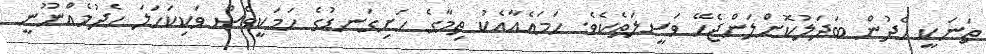
ތަނަކީ ހެދުން ބަދަލުކޮށްލަންޖެހޭ ވަސީލަތެކެވެ. ހަމައެއާއެކު ތިމާގެ ހަށިގަނޑުގެ ހަމަކީވެސް ވަކިކަހަލަ ހެދުމެއްނޫނީ